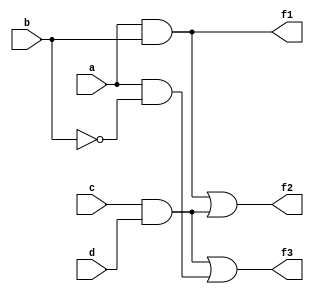
module combinational_logic (
    input wire a,
    input wire b,
    input wire c,
    input wire d,
    output wire f1,
    output wire f2,
    output wire f3
);

// Intermediate signals for shared logic
wire ab;       // Common term for f1 and f2
wire cd;       // Common term for f2 and f3
wire abcd;     // Common term for f1, f2, and f3

// Function Decomposition
// f1 = a AND b
// f2 = (a AND b) OR (c AND d)
// f3 = (c AND d) OR (a AND NOT b)

assign ab = a & b;          // Shared logic for f1 and f2
assign cd = c & d;          // Shared logic for f2 and f3
assign abcd = ab | cd;      // Common term for f2

// Output Logic
assign f1 = ab;             // f1 = a AND b
assign f2 = abcd;           // f2 = (a AND b) OR (c AND d)
assign f3 = cd | (a & ~b);  // f3 = (c AND d) OR (a AND NOT b)

endmodule